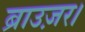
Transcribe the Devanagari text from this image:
ब्राउज़र।